Document type: Dowry acquittance
Year: 1427
Scribe: Pere Tarafa
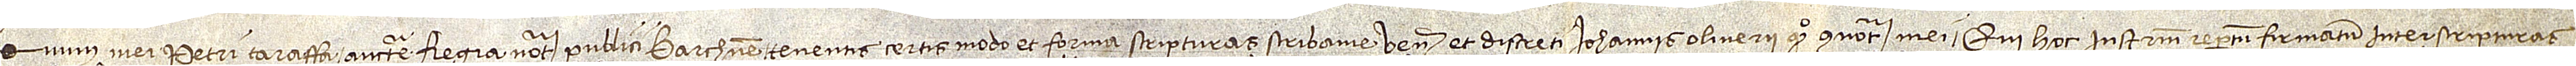
num mei Petri Taraffa, auctoritate regia notarii publici Barchinone, tenentis certis modo et forma scripturas scribanie venerabilis et discreti Ioannis Oliverii, quondam, connotarii mei, qui hoc instrumentum repertum firmatum inter scripturas